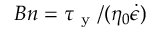
B n = \tau _ { \mathrm { ~ y ~ } } / ( \eta _ { 0 } \dot { \epsilon } )